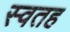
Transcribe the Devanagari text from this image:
स्वतह